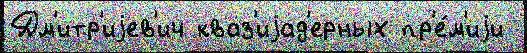
Дм'итр'иjев'ич кваз'иjад'ерных пр'е́м'иjи